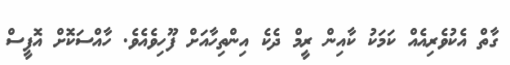
ގާތް އެކުވެރިއެއް ކަމަކު ކާއިން ރީމް ދެކެ އިންތިހާއަށް ފޫހިވެއެވެ. ހާއްސަކޮށް އޮފީސް